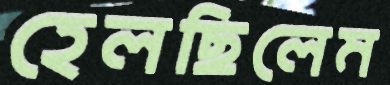
হেলছিলেম